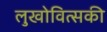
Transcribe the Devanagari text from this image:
लुखोवित्सकी